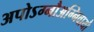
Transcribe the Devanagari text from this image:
अपोऽग्नौअग्निवायौ